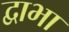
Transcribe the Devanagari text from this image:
द्वाभा